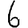
Digit: 6